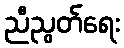
ညီညွတ်ရေး